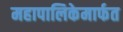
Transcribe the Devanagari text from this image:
महापालिकेमार्फत